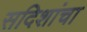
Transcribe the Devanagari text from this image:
सदिशांचा